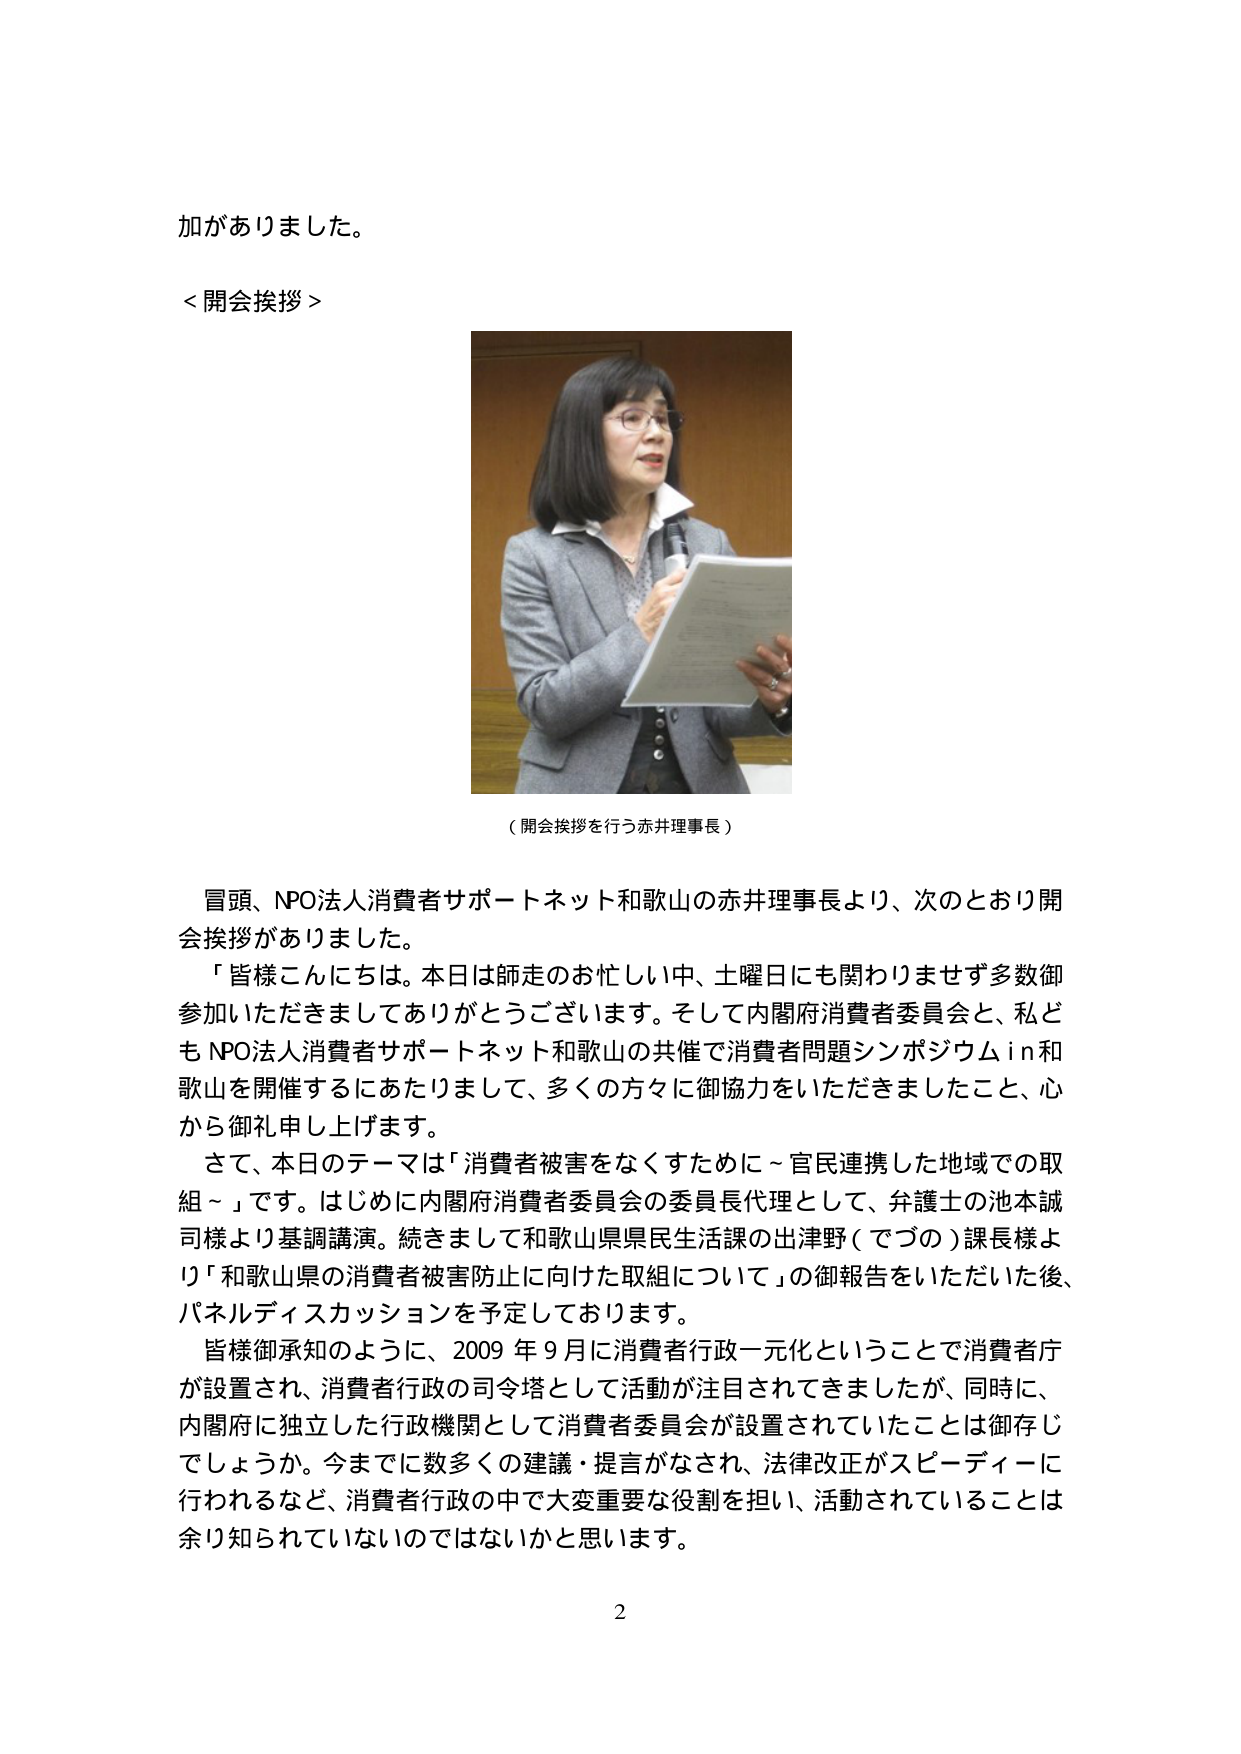
加がありました。

＜開会挨拶＞

（開会挨拶を行う赤井理事長）

冒頭、NPO法人消費者サポートネット和歌山の赤井理事長より、次のとおり開会挨拶がありました。
「皆様こんにちは。本日は師走のお忙しい中、土曜日にも関わりませず多数御参加いただきましてありがとうございます。そして内閣府消費者委員会と、私どもNPO法人消費者サポートネット和歌山の共催で消費者問題シンポジウムin和歌山を開催するにあたりまして、多くの方々に御協力をいただきましたこと、心から御礼申し上げます。
さて、本日のテーマは「消費者被害をなくすために～官民連携した地域での取組～」です。はじめに内閣府消費者委員会の委員長代理として、弁護士の池本誠司様より基調講演。続きまして和歌山県県民生活課の出津野（でづの）課長様より「和歌山県の消費者被害防止に向けた取組について」の御報告をいただいた後、パネルディスカッションを予定しております。
皆様御承知のように、2009年9月に消費者行政一元化ということで消費者庁が設置され、消費者行政の司令塔として活動が注目されてきましたが、同時に、内閣府に独立した行政機関として消費者委員会が設置されていたことは御存じでしょうか。今までに数多くの建議・提言がなされ、法律改正がスピーディーに行われるなど、消費者行政の中で大変重要な役割を担い、活動されていることは余り知られていないのではないかと思います。

2